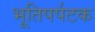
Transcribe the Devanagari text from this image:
भूतिपर्पटक